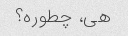
هی، چطوره؟